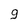
Character: 9